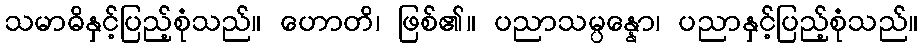
သမာဓိနှင့်ပြည့်စုံသည်။ ဟောတိ၊ ဖြစ်၏။ ပညာသမ္ပန္နော၊ ပညာနှင့်ပြည့်စုံသည်။